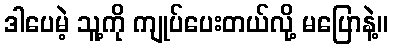
ဒါပေမဲ့ သူ့ကို ကျုပ်ပေးတယ်လို့ မပြောနဲ့။